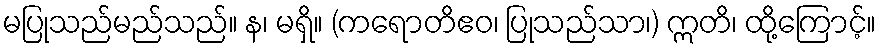
မပြုသည်မည်သည်။ န၊ မရှိ။ (ကရောတိဧဝ၊ ပြုသည်သာ၊) ဣတိ၊ ထို့ကြောင့်။